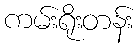
ကမ်းရိုးတန်း